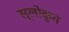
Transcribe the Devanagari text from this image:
स्लोकुम